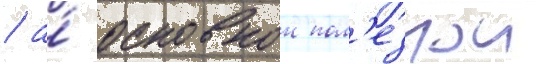
/ а́ основнои пол'езнои